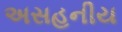
અસહનીય